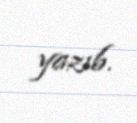
yazıb.